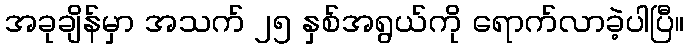
အခုချိန်မှာ အသက် ၂၅ နှစ်အရွယ်ကို ရောက်လာခဲ့ပါပြီ။